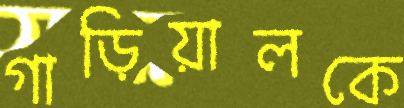
গাড়িয়ালকে